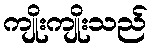
ကျိုးကျိုးသည်